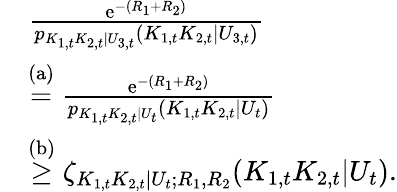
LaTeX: \begin{array}{rl}&{\frac{\mathrm{e}^{-(R_{1}+R_{2})}}{p_{K_{1,t}K_{2,t}|U_{3,t}}(K_{1,t}K_{2,t}|U_{3,t})}}\\ &{\stackrel{\mathrm{(a)}}{=}\frac{\mathrm{e}^{-(R_{1}+R_{2})}}{p_{K_{1,t}K_{2,t}|U_{t}}(K_{1,t}K_{2,t}|U_{t})}}\\ &{\stackrel{\mathrm{(b)}}{\geq}\zeta_{K_{1,t}K_{2,t}|U_{t};R_{1},R_{2}}(K_{1,t}K_{2,t}|U_{t}).}\end{array}